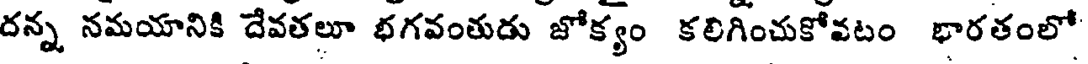
దన్న నమయానికి దేవతలూ భగవంతుడు జోక్యం కలిగించుకోవటం భారతంలో